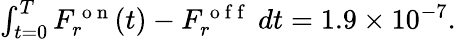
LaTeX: \begin{array}{r}{\int_{t=0}^{T}F_{r}^{\mathrm{~o~n~}}(t)-F_{r}^{\mathrm{~o~f~f~}}\ dt=1.9\times 10^{-7}.}\end{array}